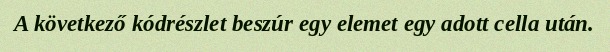
A következő kódrészlet beszúr egy elemet egy adott cella után.